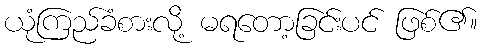
ယုံကြည်ခံစားလို့ မရတော့ခြင်းပင် ဖြစ်၏။